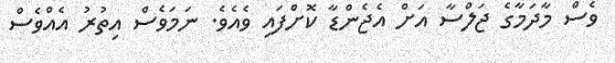
ވެސް މާދަމާގެ ޖަލްސާ އަށް އެޖެންޑާ ކޮށްފައި ވެއެވެ. ނަމަވެސް އިތުރު އެއްވެސް